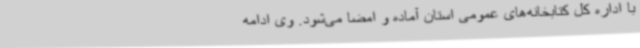
با اداره کل کتابخانه‌های عمومی استان آماده و امضا می‌شود. وی ادامه